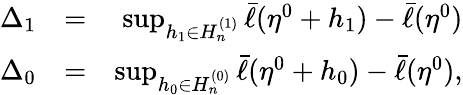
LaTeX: \begin{array}{rlr}{\Delta_{1}}&{=}&{\operatorname*{sup}_{h_{1}\in H_{n}^{(1)}}\bar{\ell}(\eta^{0}+h_{1})-\bar{\ell}(\eta^{0})}\\ {\Delta_{0}}&{=}&{\operatorname*{sup}_{h_{0}\in H_{n}^{(0)}}\bar{\ell}(\eta^{0}+h_{0})-\bar{\ell}(\eta^{0}),}\end{array}